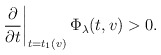
\begin{align*} \left. \frac \partial{\partial t} \right|_{t=t_1(v)} \Phi_\lambda(t,v) > 0.\end{align*}